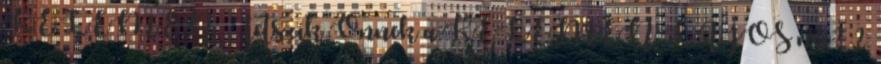
KELEMEN . Tetszik Önnek a KELEMEN LAJOS név? ?